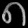
Digit: ၈